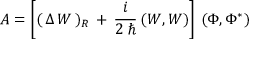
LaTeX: { \cal A } = \left[ ( \, \Delta \, W \, ) _ { R } \, + \, \frac { i } { 2 \, \hbar } \, ( W , W ) \right] \, ( \Phi , \Phi ^ { * } )